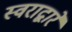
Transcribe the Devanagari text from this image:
स्वराद्वारे